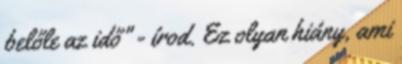
belőle az idő" - írod. Ez olyan hiány, ami